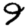
Digit: 9